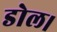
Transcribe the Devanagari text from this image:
डोल।